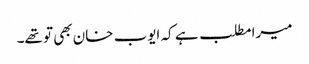
میرا مطلب ہے کہ ایوب خان بھی تو تھے۔